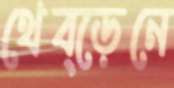
থেব্‌ড়েনে